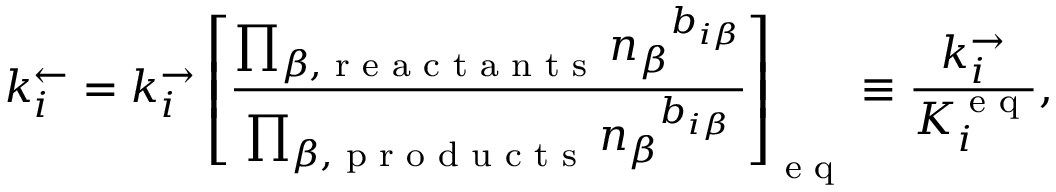
k _ { i } ^ { \leftarrow } = k _ { i } ^ { \rightarrow } \left[ \frac { \prod _ { \beta , \textrm { r e a c t a n t s } } { n _ { \beta } } ^ { b _ { i \beta } } } { \prod _ { \beta , \textrm { p r o d u c t s } } { n _ { \beta } } ^ { b _ { i \beta } } } \right] _ { \textrm { e q } } \equiv \frac { k _ { i } ^ { \rightarrow } } { K _ { i } ^ { \textrm { e q } } } ,